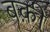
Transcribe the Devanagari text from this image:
बक़ी